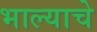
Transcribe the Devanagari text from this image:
भाल्याचे